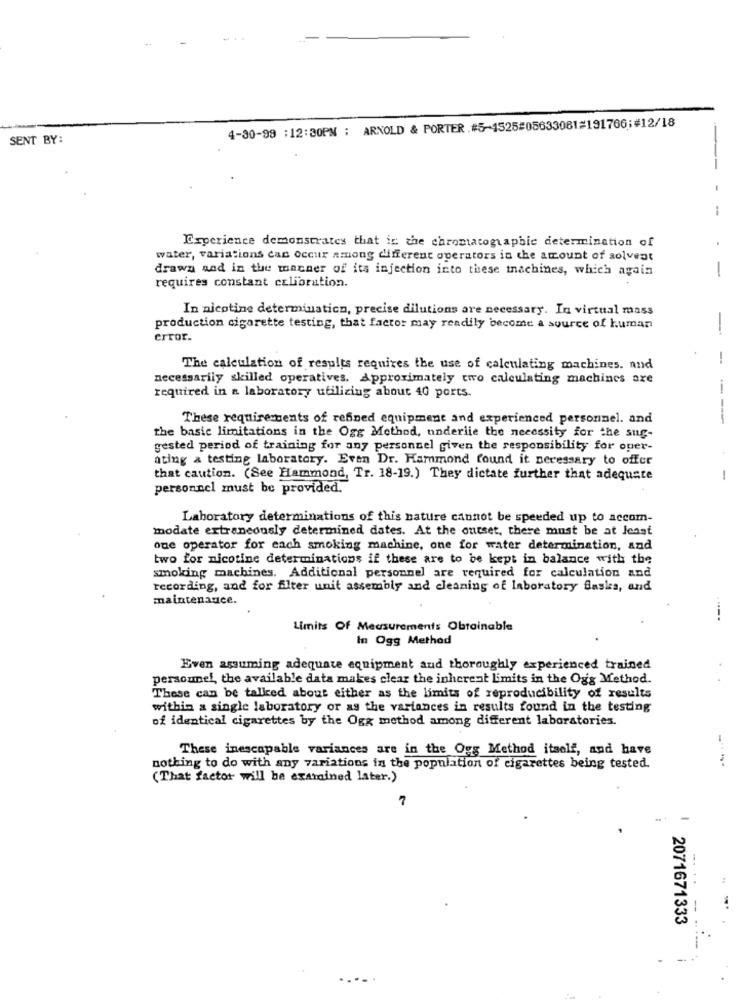
4-30-99 :12:30PM ; ARNOLD & PORTER .#5-1525#05633081=191766;#12/18
SENT BY:
-
Experience demonstrates that is the chromatographie determination of
water, variations can occur among different operators in the amount of solveat
drawy and in the manner of its injection into these tnachines, which again
-
requires constant calibration.
In nicotine determinaticn, precise dilutions are necessary. In virtual mass
production cigarette testing, that factor may readily become a source of human
error.
-
--
The calculation of results requires the use of calculating machines. and
necessarily skilled operatives. Approximately two calculating machines are
required in a laboratory utilizing about 40 ports.
These requirements of refined equipment and experienced personnel. and
---
the basic limitations in the Ogg Method, underlie the necessity for the sug-
gested period of training for any personnel given the responsibility for oper-
ating & testing laboratory. Even Dr. Hammond found it necessary to offer
that caution. (See Hammond, Tr. 18-19.) They dictate further that adequate
-
personnel must be provided.
Laboratory determinations of this nature cannot be speeded up to accom-
modate extraneously determined dates. At the outset, there must be at least
one operator for each smoking machine, one for water determination, and
two for nicotine determinations if these are to be kept in balance with the
smoking machines. Additional personnel are required for calculation and
recording, and for filter unit assembly and cleaning of laboratory flaskes, and
maintenance.
----.
Limits Of Measurements Obtainable
In Ogg Method
Even assuming adequate equipment and thoroughly experienced trained
personnel, the available data makes clear the inherent limits in the Ogg Method.
These can be talked about either as the limits of reproducibility of results
within a single laboratory or as the variances in results found in the testing
of identical cigarettes by the Oga method among different laboratories.
These inescapable variances are in the Ogg Method itself, and have
nothing to do with any variations in the population of cigarettes being tested.
---
(That factor will be examined later.)
7
-
2071671333